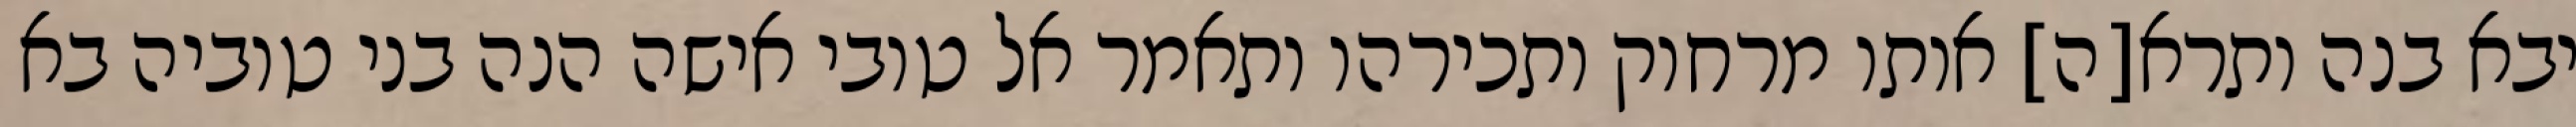
יבא בנה ותרא[ה] אותו מרחוק ותכירהו ותאמר אל טובי אישה הנה בני טוביה בא